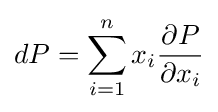
dP=\sum _{i=1}^{n}x_{i}{\frac {\partial P}{\partial x_{i}}}